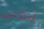
أبقني